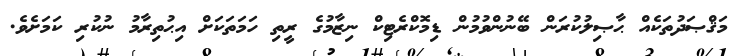
މަޤްޞަދުތަކެއް ޙާޞިލުކުރަން ބޭނުންވުމުން ޑިމޮކްރެޓިކް ނިޒާމުގެ ރީތި ހަމަތަކަށް އިޙުތިރާމު ނުކުރި ކަމަށެވެ.